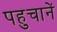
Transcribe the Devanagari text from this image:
पहुचानें